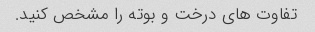
تفاوت های درخت و بوته را مشخص کنید.